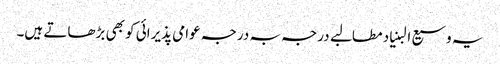
یہ وسیع البنیاد مطالبے درجہ بہ درجہ عوامی پذیرائی کو بھی بڑھاتے ہیں۔